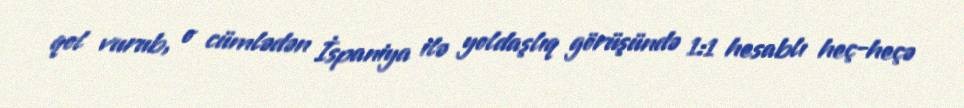
qol vurub, o cümlədən İspaniya ilə yoldaşlıq görüşündə 1:1 hesablı heç-heçə